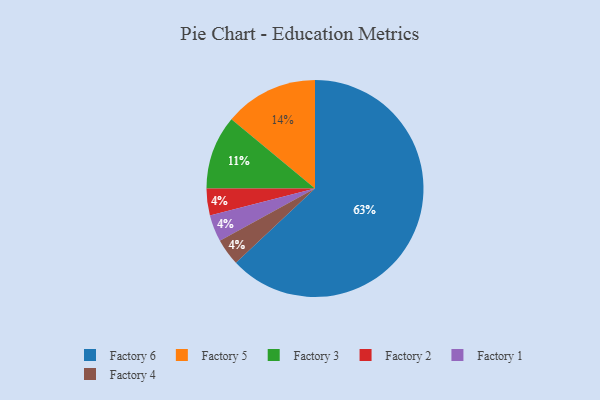
{"axis": {"x": "Category", "y": "Percentage"}, "legend": ["Factory 1", "Factory 2", "Factory 3", "Factory 4", "Factory 5", "Factory 6"], "data": [{"x": "Factory 2", "y": 4, "type": "Factory 2"}, {"x": "Factory 1", "y": 4, "type": "Factory 1"}, {"x": "Factory 5", "y": 14, "type": "Factory 5"}, {"x": "Factory 6", "y": 63, "type": "Factory 6"}, {"x": "Factory 4", "y": 4, "type": "Factory 4"}, {"x": "Factory 3", "y": 11, "type": "Factory 3"}]}